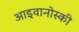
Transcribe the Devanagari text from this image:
आइवानोस्की